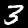
Digit: 3